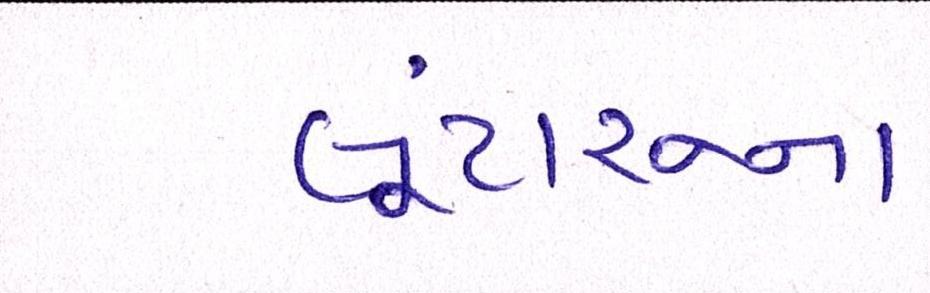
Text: લૂંટારુના